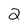
Character: 2